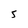
Character: 5